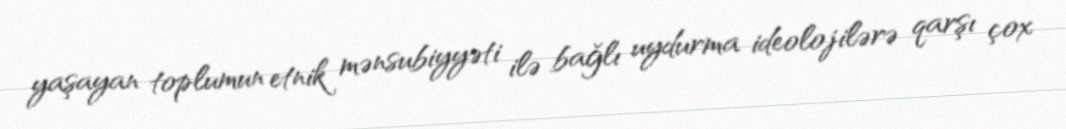
yaşayan toplumun etnik mənsubiyyəti ilə bağlı uydurma ideolojilərə qarşı çox